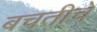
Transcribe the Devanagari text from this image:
बचतीचे